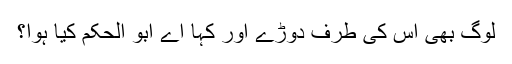
لوگ بھی اس کی طرف دوڑے اور کہا اے ابو الحکم کیا ہوا؟